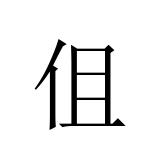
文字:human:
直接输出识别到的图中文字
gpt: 伹